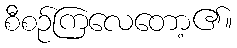
စီစဉ်ကြလေတော့၏။